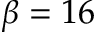
\beta = 1 6